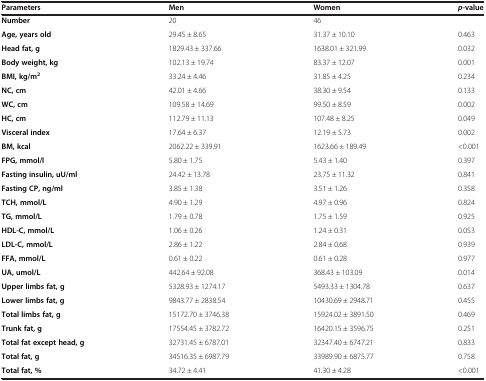
<table><thead><tr><td><b>Parameters</b></td><td><b>Men</b></td><td><b>Women</b></td><td><b><i>p</i>-value</b></td></tr></thead><tbody><tr><td><b>Number</b></td><td>20</td><td>46</td><td> </td></tr><tr><td><b>Age, years old</b></td><td>29.45 ± 8.65</td><td>31.37 ± 10.10</td><td>0.463</td></tr><tr><td><b>Head fat, g</b></td><td>1829.43 ± 337.66</td><td>1638.01 ± 321.99</td><td>0.032</td></tr><tr><td><b>Body weight, kg</b></td><td>102.13 ± 19.74</td><td>83.37 ± 12.07</td><td>0.001</td></tr><tr><td><b>BMI, kg/m</b><sup><b>2</b></sup></td><td>33.24 ± 4.46</td><td>31.85 ± 4.25</td><td>0.234</td></tr><tr><td><b>NC, cm</b></td><td>42.01 ± 4.66</td><td>38.30 ± 9.54</td><td>0.133</td></tr><tr><td><b>WC, cm</b></td><td>109.58 ± 14.69</td><td>99.50 ± 8.59</td><td>0.002</td></tr><tr><td><b>HC, cm</b></td><td>112.79 ± 11.13</td><td>107.48 ± 8.25</td><td>0.049</td></tr><tr><td><b>Visceral index</b></td><td>17.64 ± 6.37</td><td>12.19 ± 5.73</td><td>0.002</td></tr><tr><td><b>BM, kcal</b></td><td>2062.22 ± 339.91</td><td>1623.66 ± 189.49</td><td>&lt;0.001</td></tr><tr><td><b>FPG, mmol/l</b></td><td>5.80 ± 1.75</td><td>5.43 ± 1.40</td><td>0.397</td></tr><tr><td><b>Fasting insulin, uU/ml</b></td><td>24.42 ± 13.78</td><td>23.75 ± 11.32</td><td>0.841</td></tr><tr><td><b>Fasting CP, ng/ml</b></td><td>3.85 ± 1.38</td><td>3.51 ± 1.26</td><td>0.358</td></tr><tr><td><b>TCH, mmol/L</b></td><td>4.90 ± 1.29</td><td>4.97 ± 0.96</td><td>0.824</td></tr><tr><td><b>TG, mmol/L</b></td><td>1.79 ± 0.78</td><td>1.75 ± 1.59</td><td>0.925</td></tr><tr><td><b>HDL-C, mmol/L</b></td><td>1.06 ± 0.26</td><td>1.24 ± 0.31</td><td>0.053</td></tr><tr><td><b>LDL-C, mmol/L</b></td><td>2.86 ± 1.22</td><td>2.84 ± 0.68</td><td>0.939</td></tr><tr><td><b>FFA, mmol/L</b></td><td>0.61 ± 0.22</td><td>0.61 ± 0.28</td><td>0.977</td></tr><tr><td><b>UA, umol/L</b></td><td>442.64 ± 92.08</td><td>368.43 ± 103.09</td><td>0.014</td></tr><tr><td><b>Upper limbs fat, g</b></td><td>5328.93 ± 1274.17</td><td>5493.33 ± 1304.78</td><td>0.637</td></tr><tr><td><b>Lower limbs fat, g</b></td><td>9843.77 ± 2838.54</td><td>10430.69 ± 2948.71</td><td>0.455</td></tr><tr><td><b>Total limbs fat, g</b></td><td>15172.70 ± 3746.38</td><td>15924.02 ± 3891.50</td><td>0.469</td></tr><tr><td><b>Trunk fat, g</b></td><td>17554.45 ± 3782.72</td><td>16420.15 ± 3596.75</td><td>0.251</td></tr><tr><td><b>Total fat except head, g</b></td><td>32731.45 ± 6787.01</td><td>32347.40 ± 6747.21</td><td>0.833</td></tr><tr><td><b>Total fat, g</b></td><td>34516.35 ± 6987.79</td><td>33989.90 ± 6875.77</td><td>0.758</td></tr><tr><td><b>Total fat, %</b></td><td>34.72 ± 4.41</td><td>41.30 ± 4.28</td><td>&lt;0.001</td></tr></tbody></table>